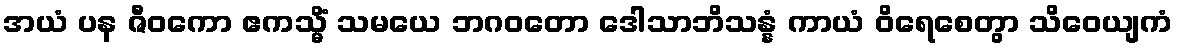
အယံ ပန ဇီဝကော ဧကသ္မိံ သမယေ ဘဂဝတော ဒေါသာဘိသန္နံ ကာယံ ဝိရေစေတွာ သိဝေယျကံ